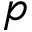
p